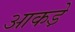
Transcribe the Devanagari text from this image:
आकडे़